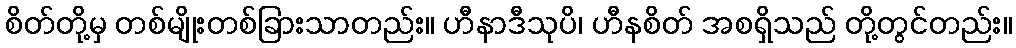
စိတ်တို့မှ တစ်မျိုးတစ်ခြားသာတည်း။ ဟီနာဒီသုပိ၊ ဟီနစိတ် အစရှိသည် တို့တွင်တည်း။